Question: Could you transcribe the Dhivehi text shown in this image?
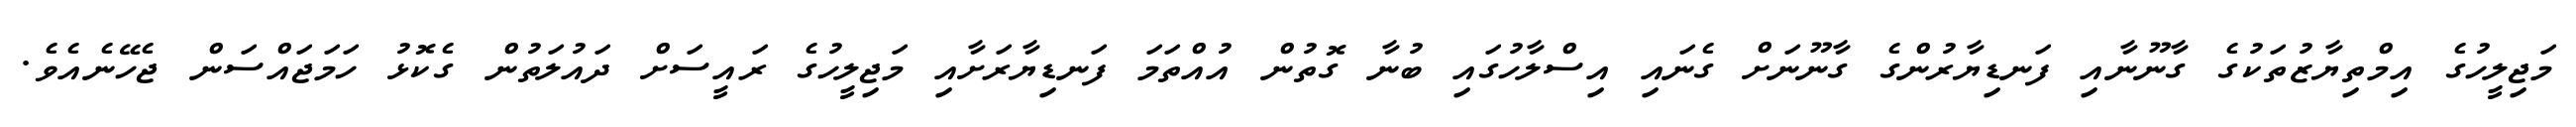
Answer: މަޖިލީހުގެ އިމްތިޔާޒުތަކުގެ ގާނޫނާއި ފަނޑިޔާރުންގެ ގާނޫނަށް ގެނައި އިސްލާހުގައި ބުނާ ގޮތުން އުއްތަމަ ފަނޑިޔާރަށާއި މަޖިލީހުގެ ރައީސަށް ދައުލަތުން ގެކޮޅު ހަމަޖައްސަން ޖެހޭނެއެވެ.